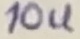
Text: 10u